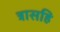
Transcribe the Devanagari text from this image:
त्रासहि